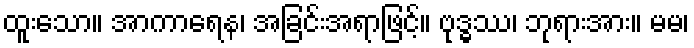
ထူးသော။ အာကာရေန၊ အခြင်းအရာဖြင့်။ ဗုဒ္ဓဿ၊ ဘုရားအား။ မမ၊